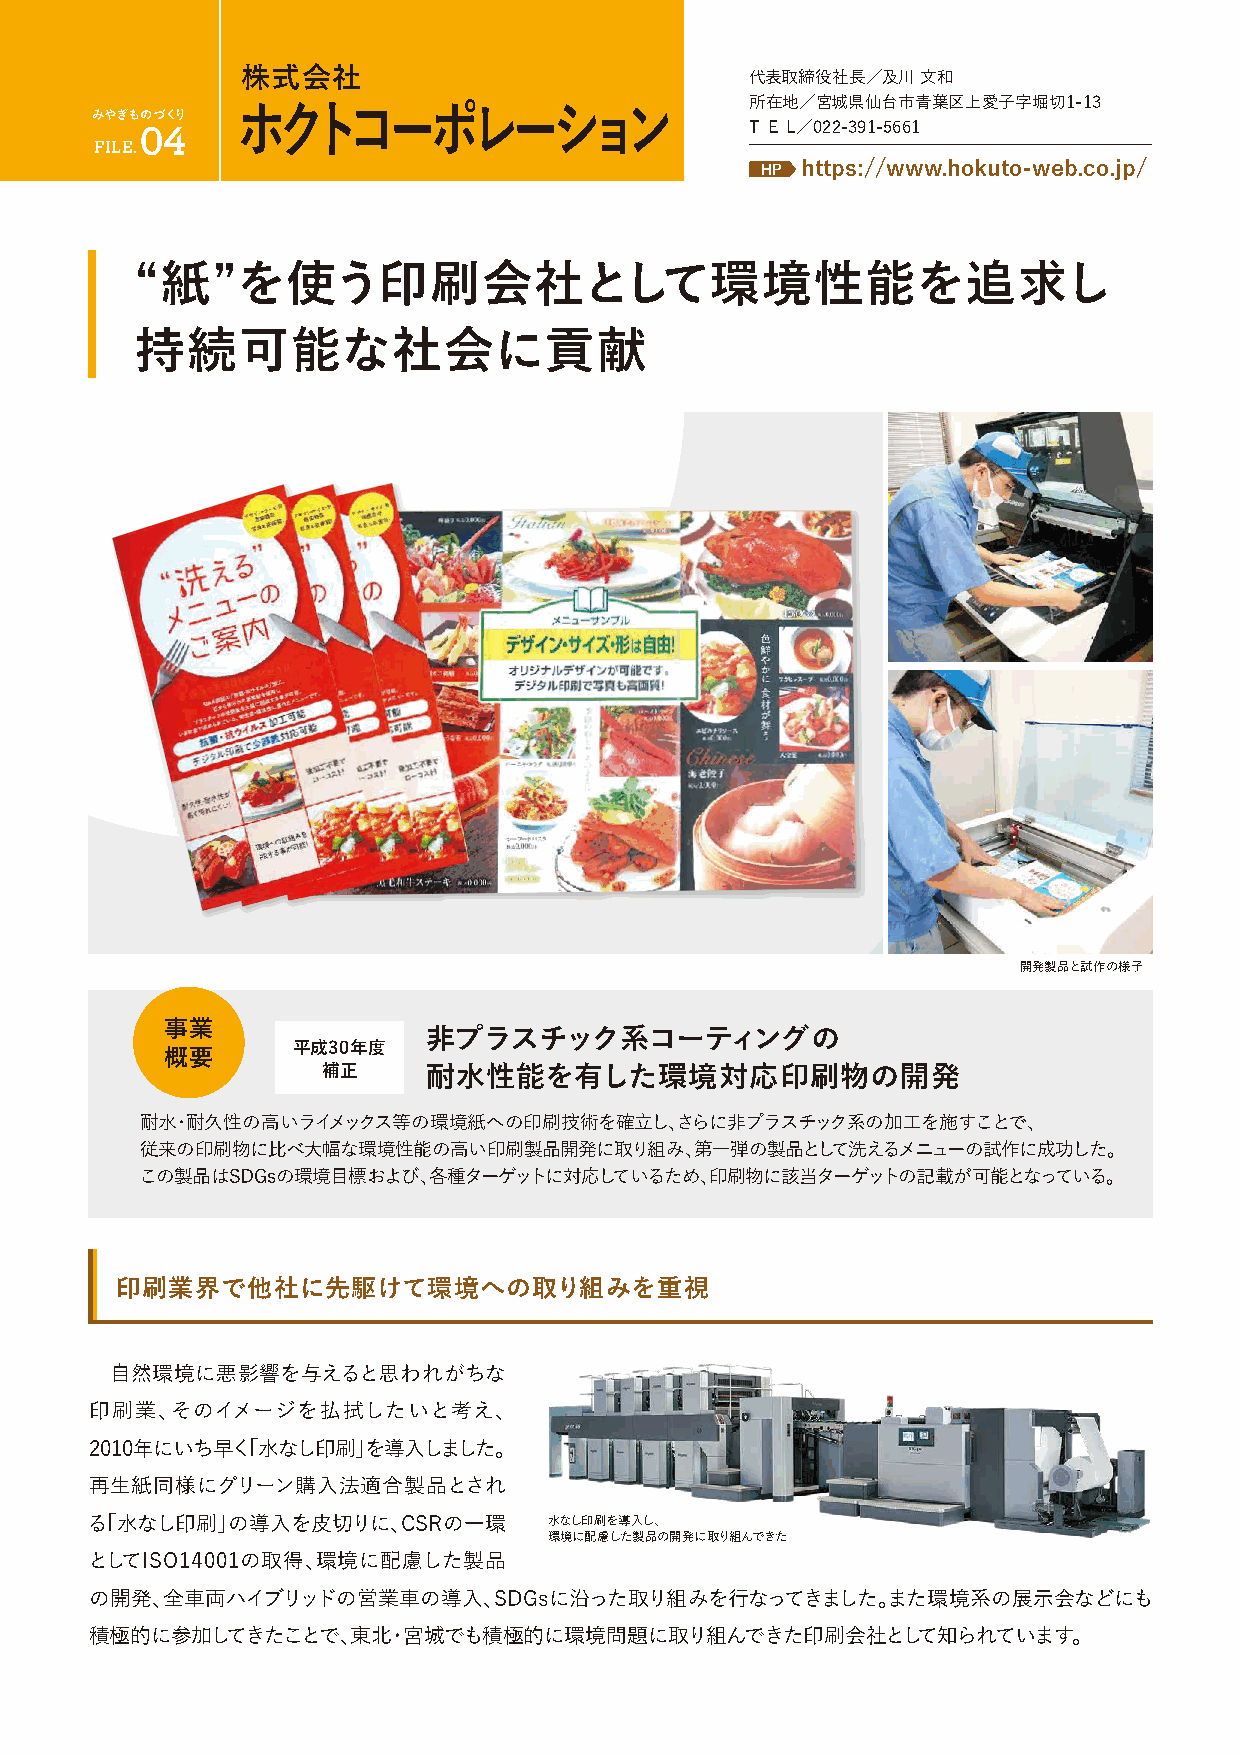
株式会社                              代表取締役社長／及川 文和
 所在地／宮城県仙台市青葉区上愛子字堀切1-13
 みやぎものづくり  ホクトコーポレーション
 04                                       T EL／022-391-5661
 FILE.
 HP https://www.hokuto-web.co.jp/
 “紙”を使う印刷会社として環境性能を追求し
 持続可能な社会に貢献
 開発製品と試作の様子
 事業
 非プラスチック系コーティングの
 平成30年度
 概要
 補正     耐水性能を有した環境対応印刷物の開発
 耐水・耐久性の高いライメックス等の環境紙への印刷技術を確立し、さらに非プラスチック系の加工を施すことで、
 従来の印刷物に比べ大幅な環境性能の高い印刷製品開発に取り組み、第一弾の製品として洗えるメニューの試作に成功した。
 この製品はSDGsの環境目標および、各種ターゲットに対応しているため、印刷物に該当ターゲットの記載が可能となっている。
 印刷業界で他社に先駆けて環境への取り組みを重視
 自然環境に悪影響を与えると思われがちな
 印刷業、そのイメージを払拭したいと考え、
 2010年にいち早く「水なし印刷」を導入しました。
 再生紙同様にグリーン購入法適合製品とされ
 る「水なし印刷」の導入を皮切りに、CSRの一環       水なし印刷を導入し、
 環境に配慮した製品の開発に取り組んできた
 としてISO14001の取得、環境に配慮した製品
 の開発、全車両ハイブリッドの営業車の導入、SDGsに沿った取り組みを行なってきました。また環境系の展示会などにも
 積極的に参加してきたことで、東北・宮城でも積極的に環境問題に取り組んできた印刷会社として知られています。